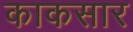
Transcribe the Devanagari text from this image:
काकसार